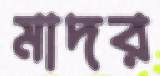
মাদর